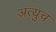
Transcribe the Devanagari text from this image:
अत्युच